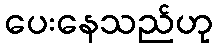
ပေးနေသည်ဟု